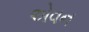
એવન